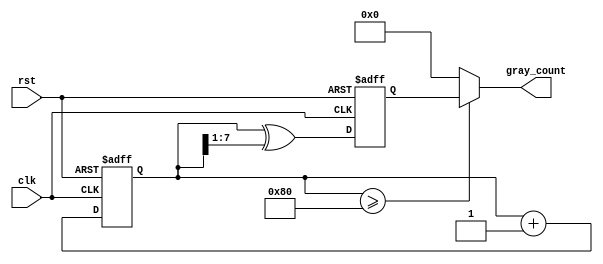
module Gray_Counter #(
    parameter WIDTH = 8,
    parameter INIT_VAL = 0,
    parameter DIV_FACTOR = 2
)
(
    input wire              clk,
    input wire              rst,
    output reg [WIDTH-1:0]  gray_count
);

reg [WIDTH-1:0] count_reg;
reg [WIDTH-1:0] gray_reg;

always @(posedge clk or posedge rst) begin
    if (rst) begin
        count_reg <= INIT_VAL;
        gray_reg <= INIT_VAL ^ (INIT_VAL >> 1);
    end else begin
        count_reg <= count_reg + 1;
        gray_reg <= count_reg ^ (count_reg >> 1);
    end
end

always @(*) begin
    if (count_reg >= (2 ** WIDTH) / DIV_FACTOR) begin
        gray_count <= gray_reg;
    end else begin
        gray_count <= 0;
    end
end

endmodule